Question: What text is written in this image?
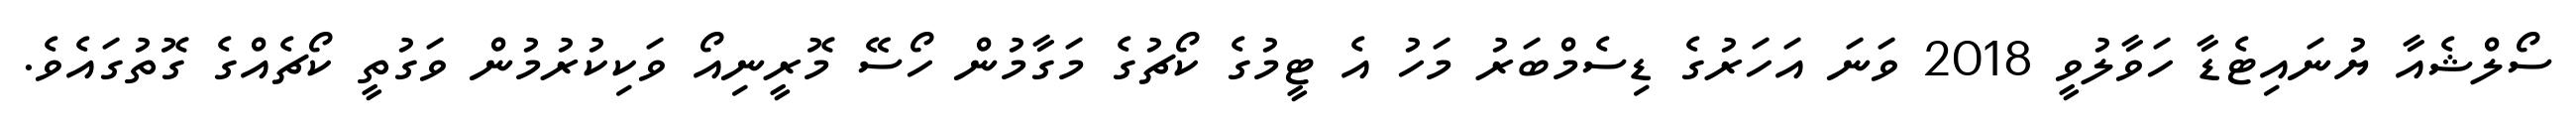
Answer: ސޯލްޝެއާ ޔުނައިޓެޑާ ހަވާލުވީ 2018 ވަނަ އަހަރުގެ ޑިސެމްބަރު މަހު އެ ޓީމުގެ ކޯޗުގެ މަގާމުން ހޯސޭ މޮރީނިއޯ ވަކިކުރުމުން ވަގުތީ ކޯޗެއްގެ ގޮތުގައެވެ.